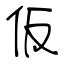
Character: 仮